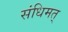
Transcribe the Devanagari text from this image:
संधिमत्